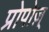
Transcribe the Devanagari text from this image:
प्रोपोज़्